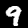
Digit: 9